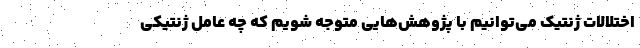
اختلالات ژنتیک می‌توانیم با پژوهش‌هایی متوجه شویم که چه عامل ژنتیکی